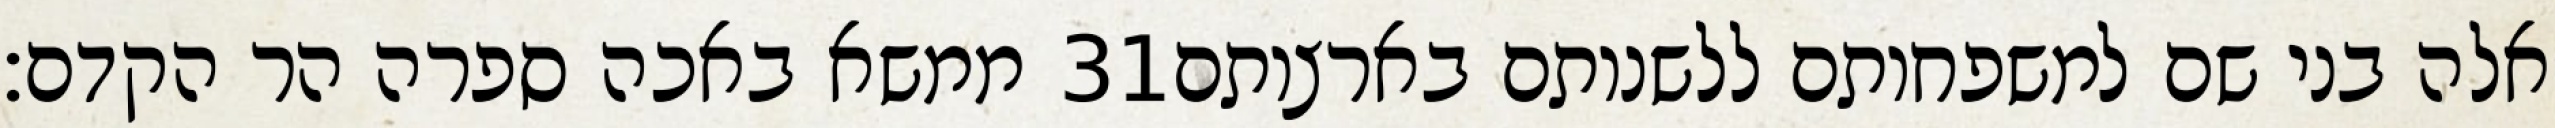
ממשא באכה ספרה הר הקדם׃ ‎31‏ אלה בני שם למשפחותם ללשנותם בארצותם